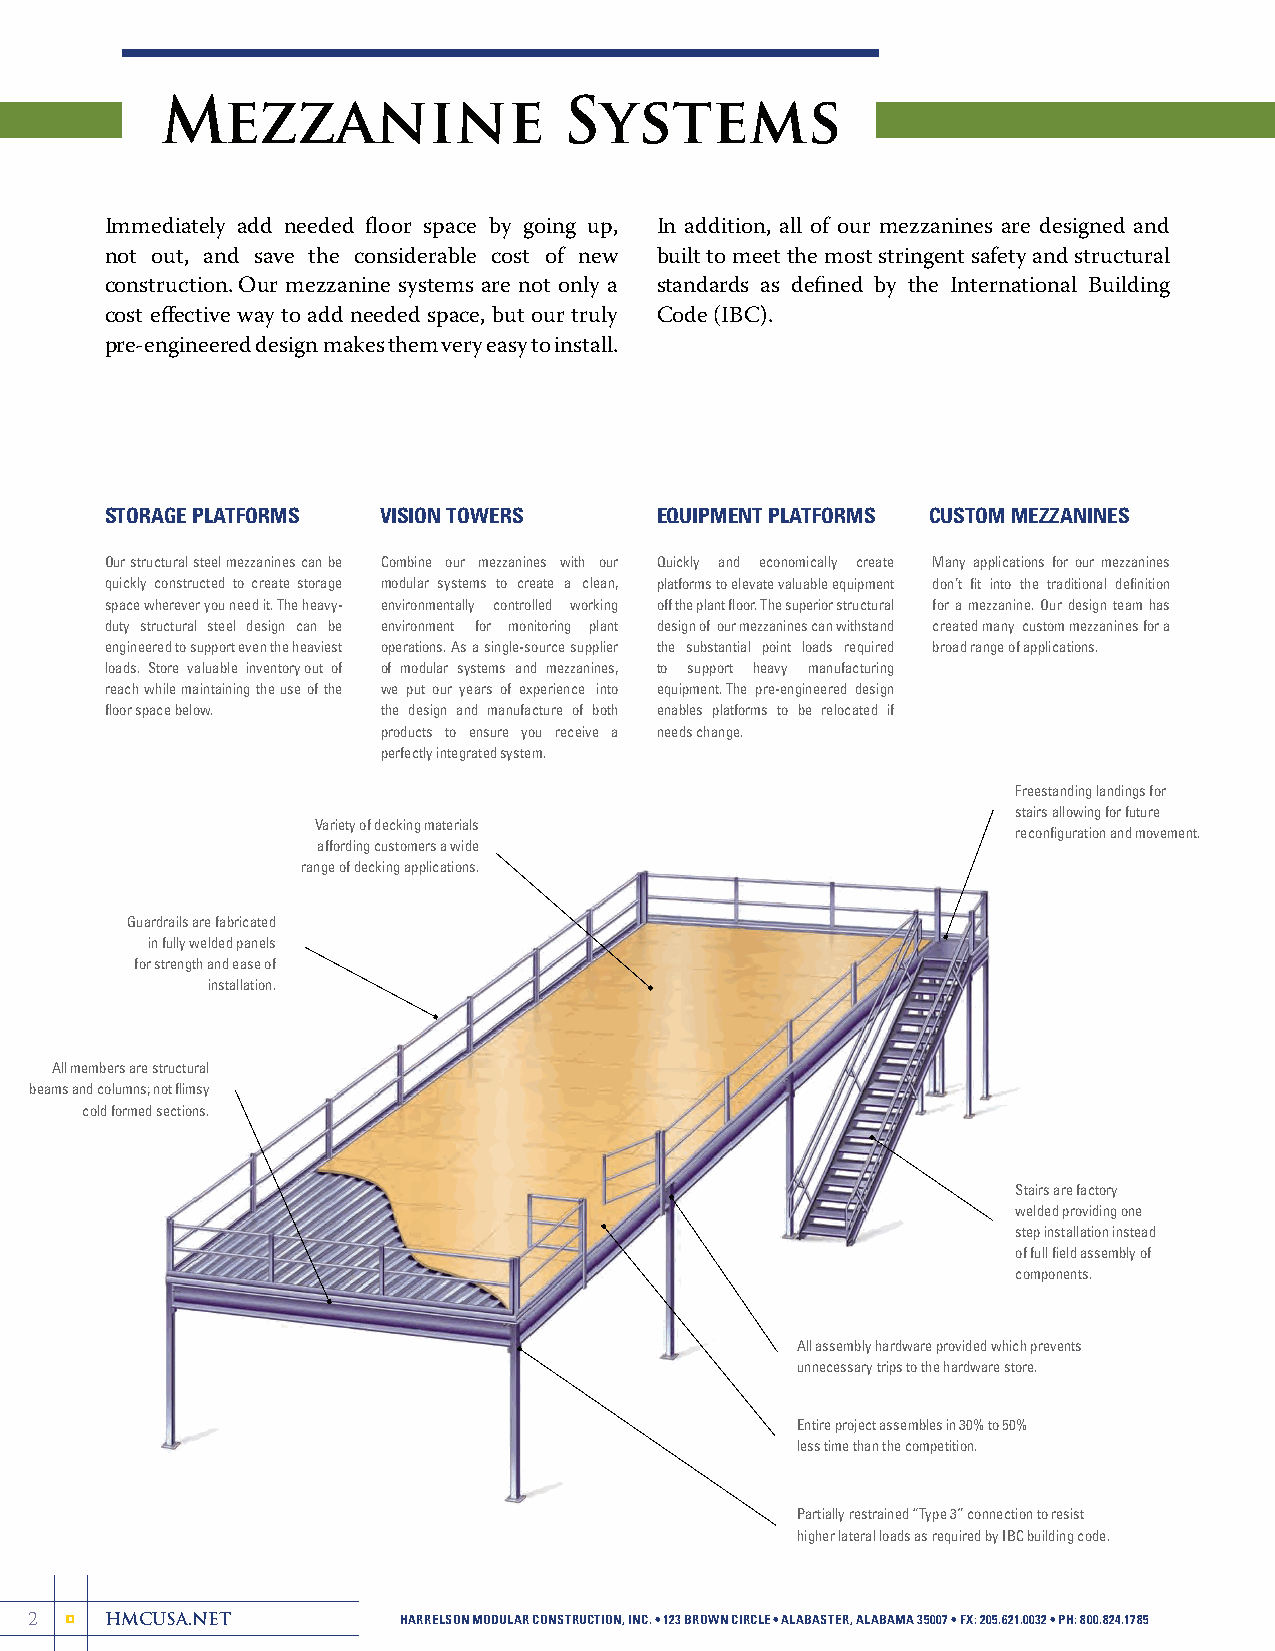
Mezzanine                  Systems
 Immediately add needed floor space by going up, In addition, all of our mezzanines are designed and
 not out, and save the considerable cost of new built to meet the most stringent safety and structural
 construction. Our mezzanine systems are not only a standards as defined by the International Building
 cost effective way to add needed space, but our truly Code (IBC).
 pre-engineered design makes them very easy to install.
 STORAGE PLATFORMS VISION TOWERS      EQUIPMENT PLATFORMS CUSTOM MEZZANINES
 Our structural steel mezzanines can be Combine our mezzanines with our Quickly and economically create Many applications for our mezzanines
 quickly constructed to create storage modular systems to create a clean, platforms to elevate valuable equipment don’t fit into the traditional definition
 space wherever you need it. The heavy- environmentally controlled working off the plant floor. The superior structural for a mezzanine. Our design team has
 duty structural steel design can be environment for monitoring plant design of our mezzanines can withstand created many custom mezzanines for a
 engineered to support even the heaviest operations. As a single-source supplier the substantial point loads required broad range of applications.
 loads. Store valuable inventory out of of modular systems and mezzanines, to support heavy manufacturing
 reach while maintaining the use of the we put our years of experience into equipment. The pre-engineered design
 floor space below. the design and manufacture of both enables platforms to be relocated if
 products to ensure you receive a needs change.
 perfectly integrated system.
 Freestanding landings for
 stairs allowing for future
 Variety of decking materials
 reconfiguration and movement.
 affording customers a wide
 range of decking applications.
 Guardrails are fabricated
 in fully welded panels
 for strength and ease of
 installation.
 All members are structural
 beams and columns; not flimsy
 cold formed sections.
 Stairs are factory
 welded providing one
 step installation instead
 of full field assembly of
 components.
 All assembly hardware provided which prevents
 unnecessary trips to the hardware store.
 Entire project assembles in 30% to 50%
 less time than the competition.
 Partially restrained “Type 3” connection to resist
 higher lateral loads as required by IBC building code.
 2    HMCUSA.NET          HARRELSON MODULAR CONSTRUCTION, INC. • 123 BROWN CIRCLE • ALABASTER, ALABAMA 35007 • FX: 205.621.0032 • PH: 800.824.1785